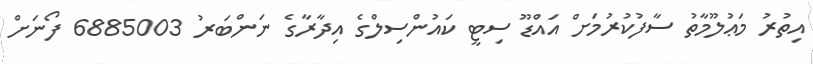
އިތުރު މަޢުލޫމާތު ސާފުކުރުމަށް އައްޑޫ ސިޓީ ކައުންސިލްގެ އިދާރާގެ ނަންބަރު 6885003 ފޯނަށް